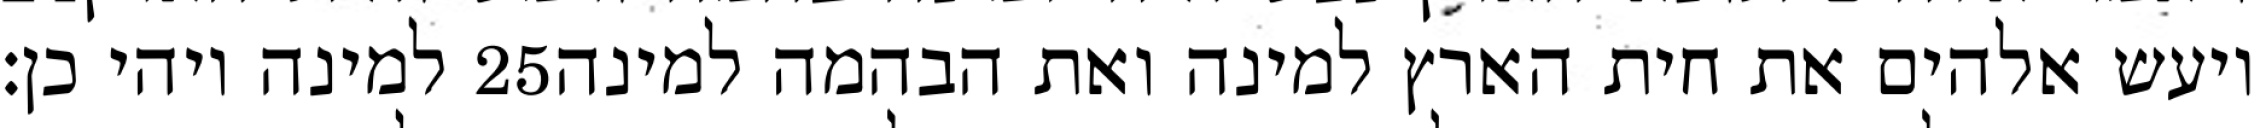
למינה ויהי כן׃ ‎25‏ ויעש אלהים את חית הארץ למינה ואת הבהמה למינה